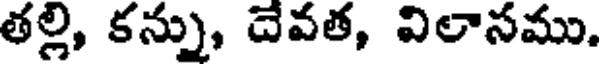
తల్లి, కన్ను, దేవత, విలాసము.